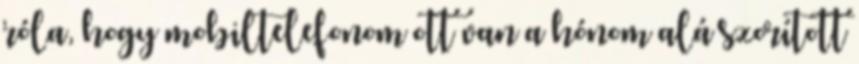
róla, hogy mobiltelefonom ott van a hónom alá szorított